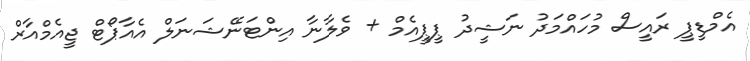
އެމްޑީޕީ ރައީސް މުހައްމަދު ނަޝީދު ޕީޕީއެމް + ވެލާނާ އިންޓަނޭޝަނަލް އެއާޕޯޓް ޖީއެމްއާރް